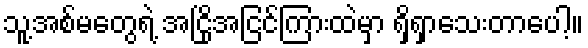
သူ့အစ်မတွေရဲ့ အငြိုအငြင်ကြားထဲမှာ ရှိရှာသေးတာပေါ့။